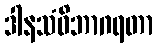
ဒါနသံဝိဘာဂရတာ